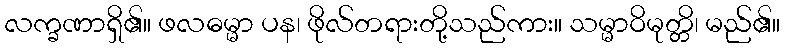
လက္ခဏာရှိ၏။ ဖလဓမ္မာ ပန၊ ဖိုလ်တရားတို့သည်ကား။ သမ္မာဝိမုတ္တိ၊ မည်၏။